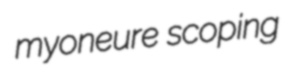
myoneure scoping